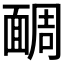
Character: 𩈮